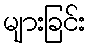
များခြင်း